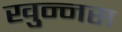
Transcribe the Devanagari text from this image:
खुन्नस